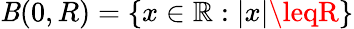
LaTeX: {\mathit{B}(0,R)}=\{ x\in\mathbb{{R}}:|x|\leqR\}